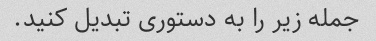
جمله زیر را به دستوری تبدیل کنید.